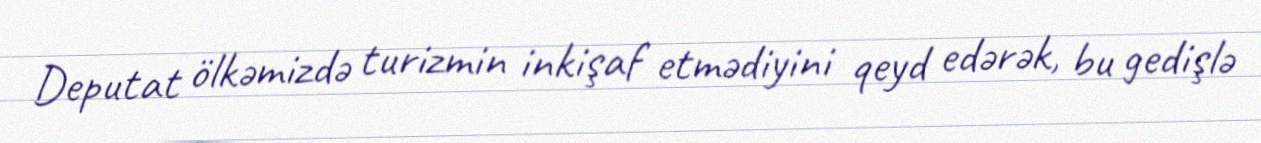
Deputat ölkəmizdə turizmin inkişaf etmədiyini qeyd edərək, bu gedişlə